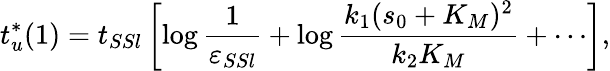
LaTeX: t_{u}^{*}(1)=t_{SSl}\left[\log\frac{1}{\varepsilon_{SSl}}+\log\frac{k_{1}(s_{0}+K_{M})^{2}}{k_{2}K_{M}}+\cdots\right],